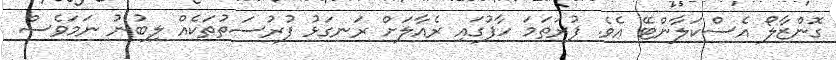
ގޮންޒާލޯ އެސްކަލާންޓޭ އެވެ. ފުރަތަމަ ހާފުގައި ރެއާލަށް ރަނގަޅު ފުރުސަތުތަކެއް ލިބުނު ނަމަވެސް